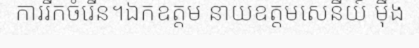
ការរីកចំរើន។ឯកឧត្តម នាយឧត្តមសេនីយ៍ ម៉ឹង